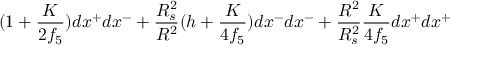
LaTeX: ( 1 + \frac { K } { 2 f _ { 5 } } ) d x ^ { + } d x ^ { - } + \frac { R _ { s } ^ { 2 } } { R ^ { 2 } } ( h + \frac { K } { 4 f _ { 5 } } ) d x ^ { - } d x ^ { - } + \frac { R ^ { 2 } } { R _ { s } ^ { 2 } } \frac { K } { 4 f _ { 5 } } d x ^ { + } d x ^ { + }